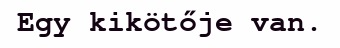
Egy kikötője van.